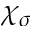
\chi _ { \sigma }